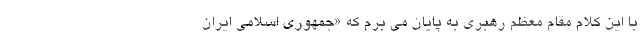
با این کلام مقام معظم رهبری به پایان می برم که «جمهوری اسلامی ایران